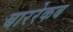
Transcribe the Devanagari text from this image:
बाररेकब